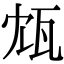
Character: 瓭